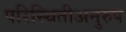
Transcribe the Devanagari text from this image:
परिस्थितीअनुरुप